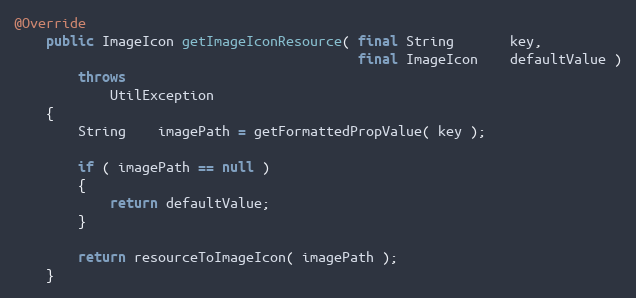
Language: Java
@Override
    public ImageIcon getImageIconResource( final String       key,
                                           final ImageIcon    defaultValue )
        throws
            UtilException
    {
        String    imagePath = getFormattedPropValue( key );

        if ( imagePath == null )
        {
            return defaultValue;
        }

        return resourceToImageIcon( imagePath );
    }